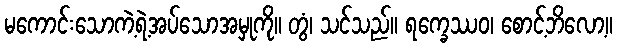
မကောင်းသောကဲ့ရဲ့အပ်သောအမှုကို။ တွံ၊ သင်သည်။ ရက္ခေဿဝ၊ စောင့်ဘိလော့။